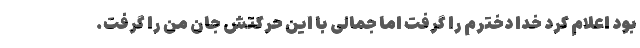
بود اعلام کرد خدا دخترم را گرفت اما جمالی با این حرکتش جان من را گرفت.